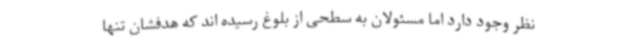
نظر وجود دارد اما مسئولان به سطحی از بلوغ رسیده اند که هدفشان تنها